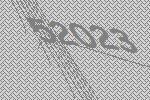
52023